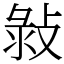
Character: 㪖